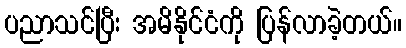
ပညာသင်ပြီး အမိနိုင်ငံကို ပြန်လာခဲ့တယ်။